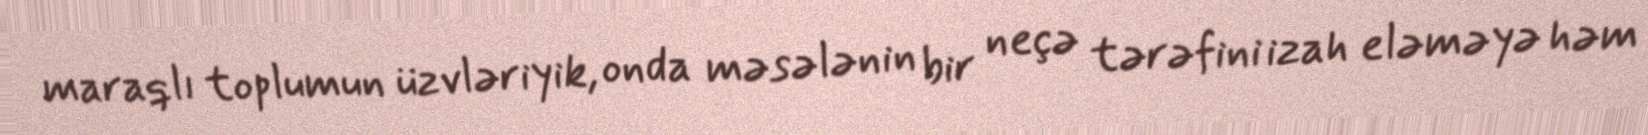
maraqlı toplumun üzvləriyik, onda məsələnin bir neçə tərəfini izah eləməyə həm